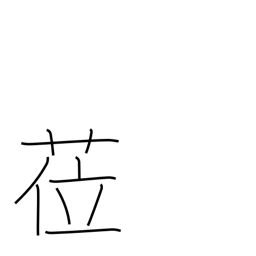
Meaning: assume a post